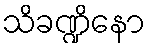
သိခဏ္ဍိနော